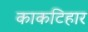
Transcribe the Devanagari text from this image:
काकटिहार